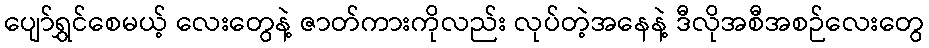
ပျော်ရွှင်စေမယ့် လေးတွေနဲ့ ဇာတ်ကားကိုလည်း လုပ်တဲ့အနေနဲ့ ဒီလိုအစီအစဉ်လေးတွေ